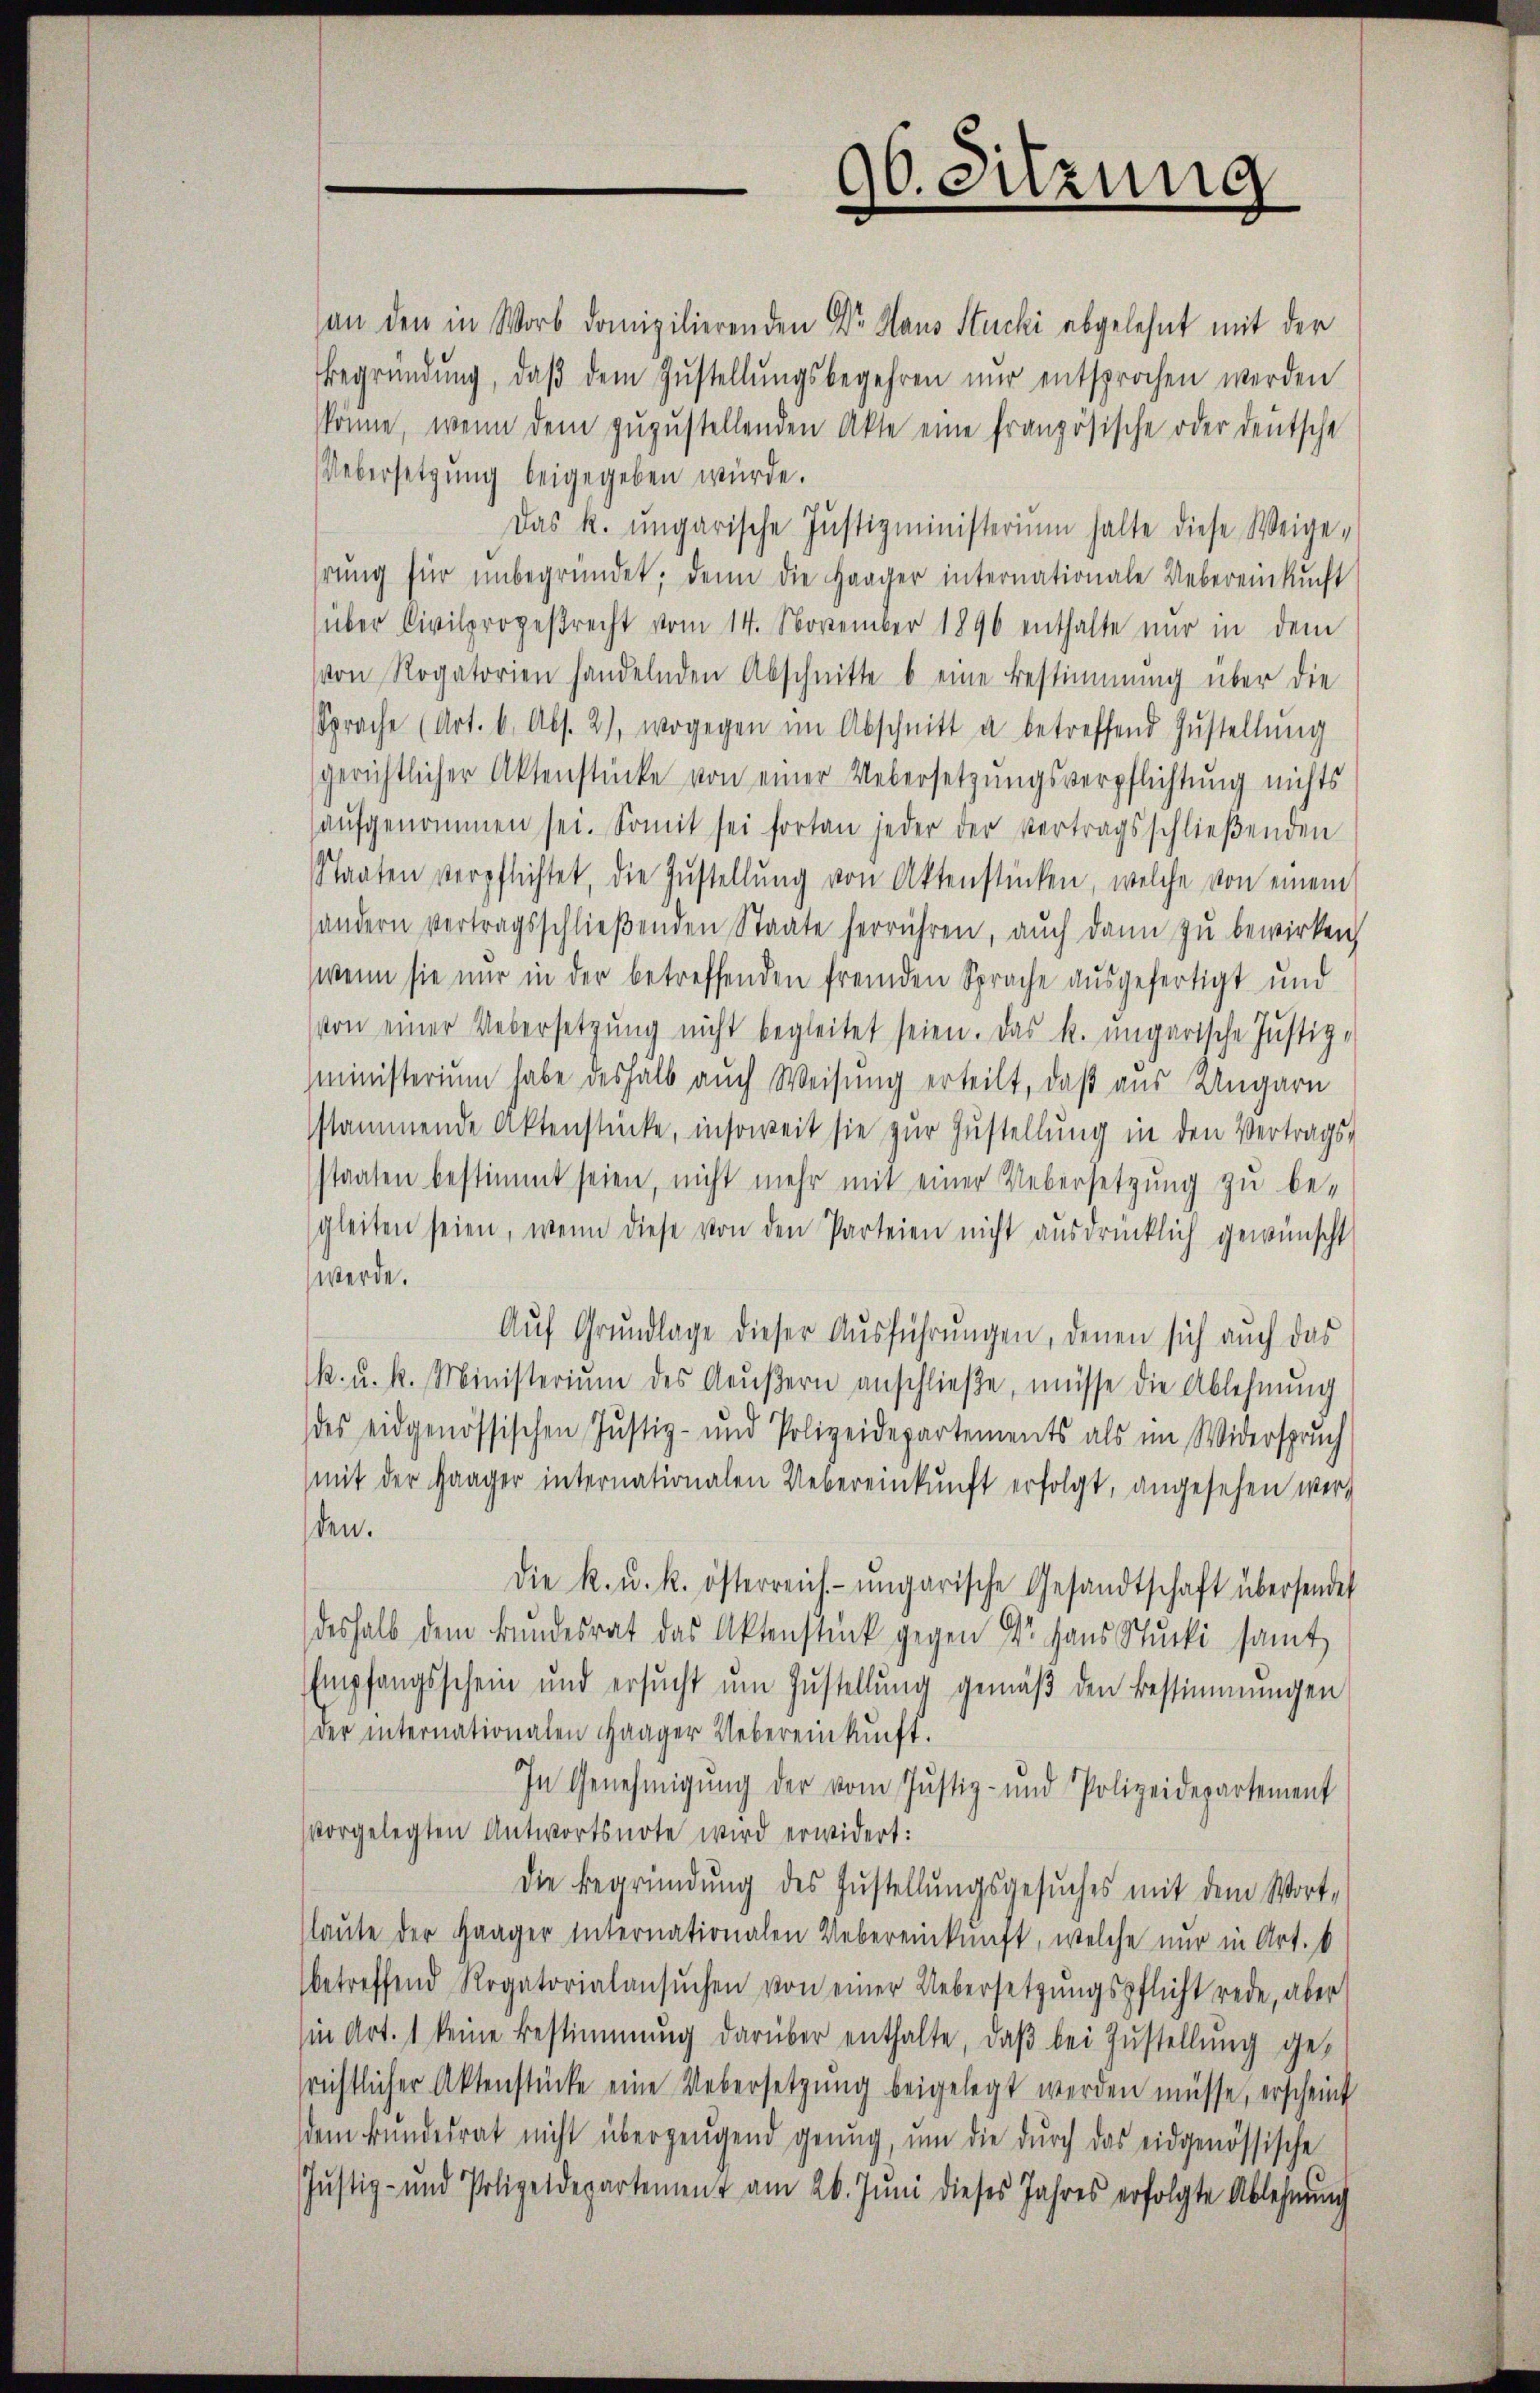
an den in Worb domizilierenden Dr. Haus Stucki abgelehnt mit der
Begründung, daβ dem Zŭstellŭngsbegehren nur entsprochen werden
könne, wenn dem zŭzŭstellenden Akte eine französische oder deutsche
Uebersetzung beigegeben würde.
Das k. ungarische Justizministerium halte diese Weige-
hrung für unbegründet; denn die Haager internationale Uebereinkunft
über Civilprozeβrecht vom 14. November 1896 enthalte nur in dem
von Rogatorien handelnden Abschnitte b eine Bestimmung über die
Sprache (Art. 6. Abs. 2), wogegen im Abschnitt a betreffend Zustellŭng
gerichtlicher Aktenstücke von einer Uebersetzungsverpflichtung nichts
aŭfgenommen sei. Somit sei fortan jeder der vertragsschlieβenden
Staaten verpflichtet, die Zustellŭng von Aktenstücken, welche von einem
sondern vertragsschließenden Staate herrühren, auch dann zu bewirken
wenn sie nur in der betreffenden fremden Sprache ausgefertigt und
von einer Uebersetzŭng nicht begleitet seien. Das k. ungarische Justiz-
mministerium habe deshalb auch Weisung erteilt, daß aus Ungarn
stammende Aktenstücke, insoweit sie zur Zustellung in den Vertrags-
staaten bestimmt seien, nicht mehr mit einer Uebersetzung zu be-
gleiten seien, wenn diese von den Parteien nicht ausdrücklich gewünscht
werde.
Aŭf Grŭndlage dieser Aŭsführŭngen, denen sich auch das
k. u. k. Ministerium des Aŭβern anschließe, müsse die Ablehnung
des eidgenössischen Justiz- und Polizeidepartements als im Widerspruch
mit der Haager internationalen Uebereinkunft erfolgt, angesehen wer-
den.
Die k. u. k. österreich- ungarische Gesandtschaft übersendet
deshalb dem Bŭndesrat das Aktenstück gegen Dr. Hans Stucki samt
Empfangsschein und ersucht um Zustellung gemäβ den Bestimmungen
der internationalen Haager Uebereinkunft.
In Genehmigŭng der vom Justiz- und Polizeidepartement
vorgelegten Antwortsnote wird erwidert:
die Begründung des Zustellungsgesuches mit dem Wort-
(laute der Haager internationalen Uebereinkunft, welche nur in Art. 6
betreffend Rogatorialansŭchen von einer Uebersetzungspflicht rede, aber
in Art. 1 keine Bestimmung darüber enthalte, daβ bei Zustellung gesrichtlicher Aktenstücke eine Uebersetzung beigelegt werden müsse, erscheint
dem Bundesrat nicht überzeugend genug, um die durch das eidgenössische
Jŭstiz- und Polizeidepartement am 26. Juni dieses Jahres erfolgte Ablehnŭng

90. Sitzung